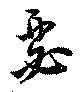
瑟